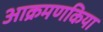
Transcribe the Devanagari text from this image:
आक्रमणकिया